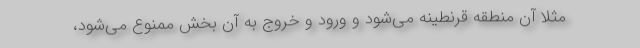
مثلاً آن منطقه قرنطینه می‌شود و ورود و خروج به آن بخش ممنوع می‌شود،